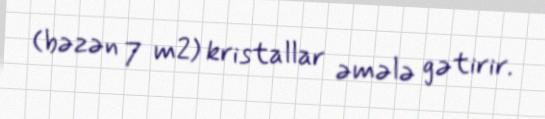
(bəzən 7 m2) kristallar əmələ gətirir.